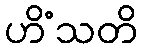
ဟိံသတိ